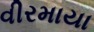
વીરમાયા